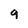
Character: g